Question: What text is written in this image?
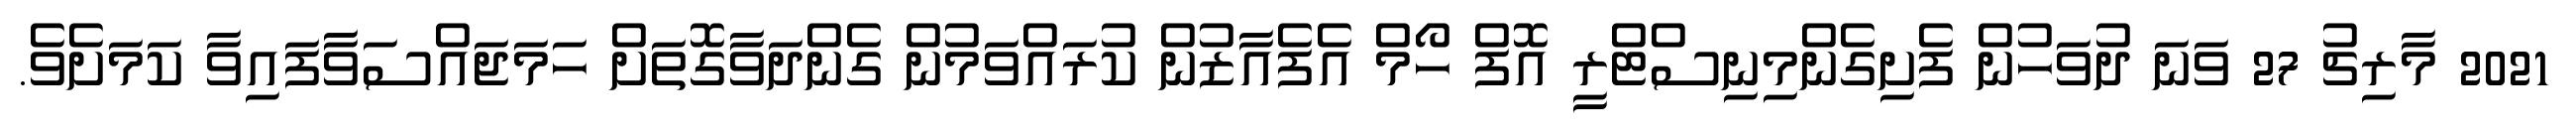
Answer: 2021 މާރިޗު 27 ވަނަ ދުވަހުން ފެށިގެންމިނިސްޓްރީ އޮފް ހޯމް އެފެއާޒުން ކުރައްވަމުން ގެންދަވާގޮތަށް ހަމަޖައްސަވާފައިވާ ކަމަށެވެ.